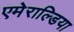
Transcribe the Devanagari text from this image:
एमेराल्डिया